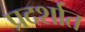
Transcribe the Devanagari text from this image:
प्रदर्शात